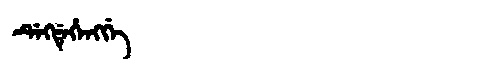
Manchu: ᡩᡝᡴᡩᡝᡥᡝᠩᡤᡝ
Romanization: DEKDEHENGGE